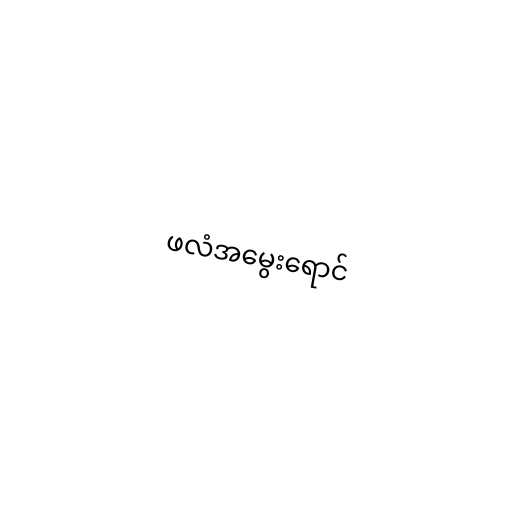
ဖလံအမွေးရောင်